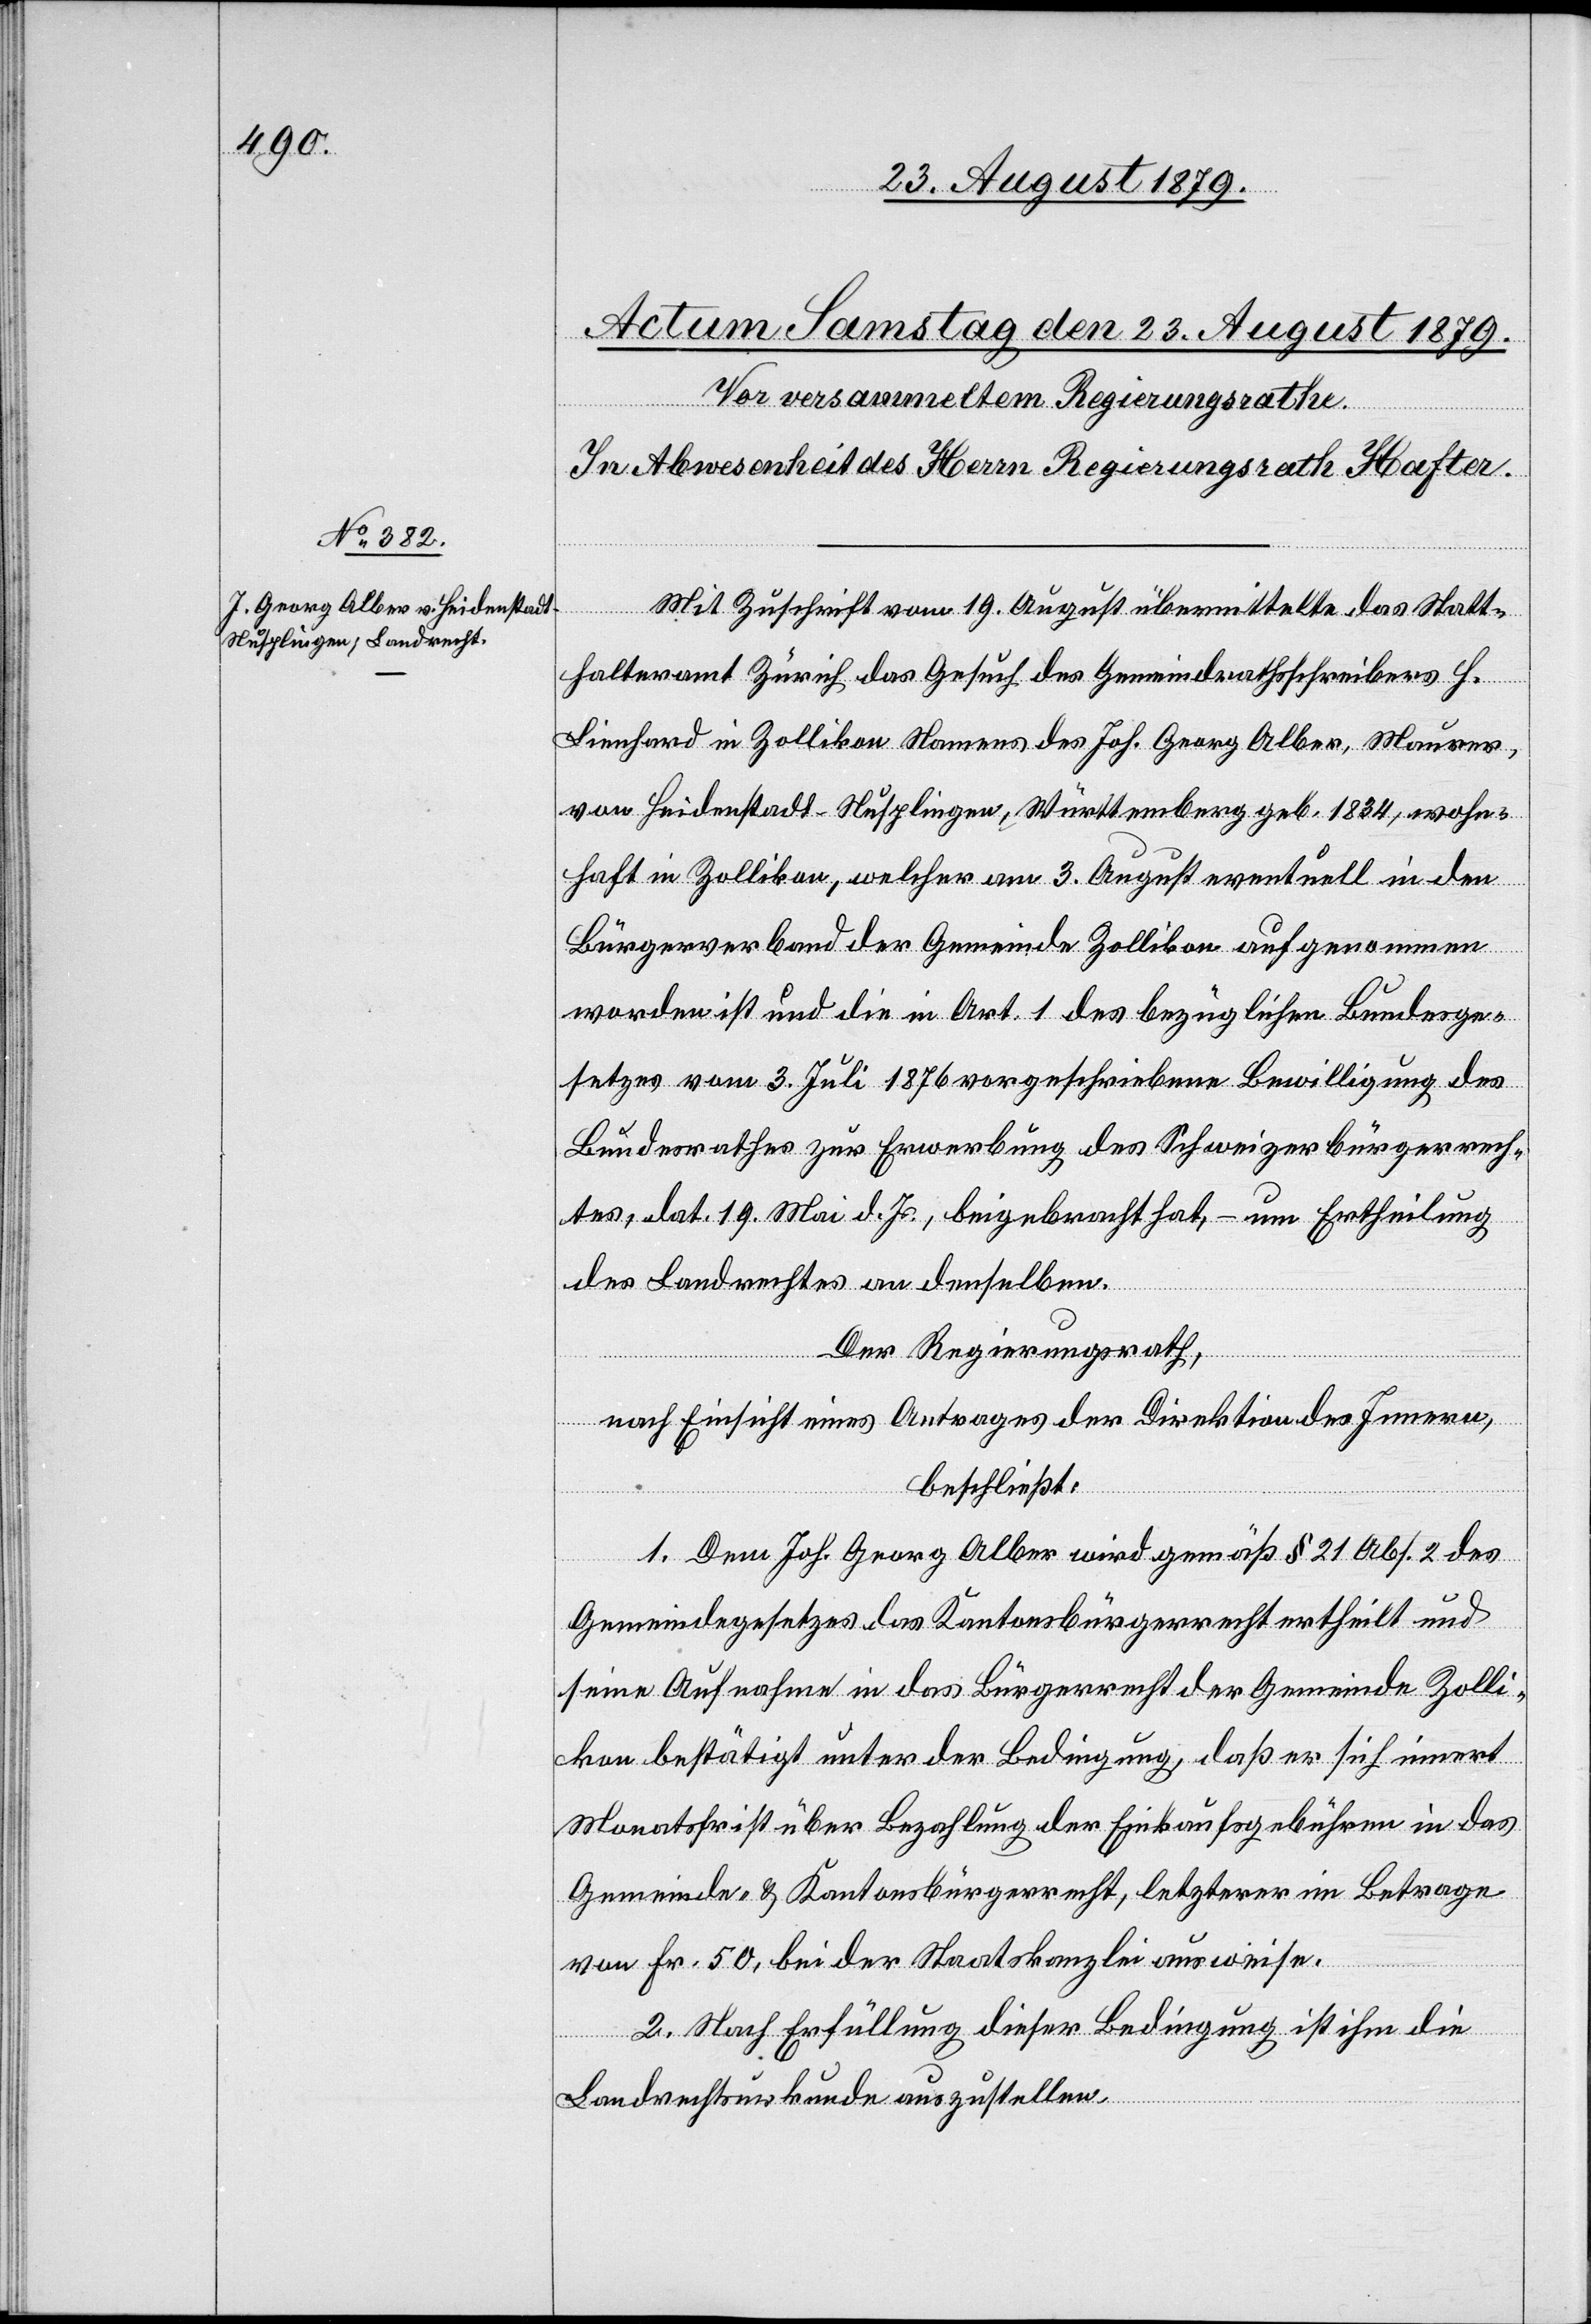
Mit Zuschrift vom 19. August übermittelte das Statt¬
halteramt Zürich das Gesuch des Gemeindrathsschreibers H.
Lienhard in Zollikon Namens des Joh. Georg Alber, Maurer,
von Heidenstadt - Nusplingen, Württemberg geb. 1834, wohn¬
haft in Zollikon, welcher am 3. August eventuell in den
Bürgerverband der Gemeinde Zollikon aufgenommen
worden ist und die in Art. 1 des bezüglichen Bundesge¬
setzes vom 3. Juli 1876 vorgeschriebene Bewilligung des
Bundesrathes zur Erwerbung des Schweizerbürgerrech¬
tes, dat. 19. Mai d. Js., beigebracht hat, – um Ertheilung
des Landrechtes an denselben.
Der Regierungsrath,
nach Einsicht eines Antrages der Direktion des Innern,
beschließt:
1. Dem Joh. Georg Alber wird gemäß § 21 Abs. 2 des
Gemeindegesetzes das Kantonsbürgerrecht ertheilt und
seine Aufnahme in das Bürgerrecht der Gemeinde Zolli¬
kon bestätigt unter der Bedingung, daß er sich innert
Monatsfrist über Bezahlung der Einkaufsgebühren in das
Gemeinde- & Kantonsbürgerrecht, letzterer im Betrage
von Fr. 50, bei der Staatskanzlei ausweise.
2. Nach Erfüllung dieser Bedingung ist ihm die
Landrechtsurkunde auszustellen.